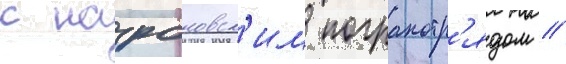
с назрановск'им погранотр'ядом //